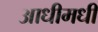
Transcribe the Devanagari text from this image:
आधीमधी